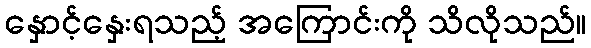
နှောင့်နှေးရသည့် အကြောင်းကို သိလိုသည်။